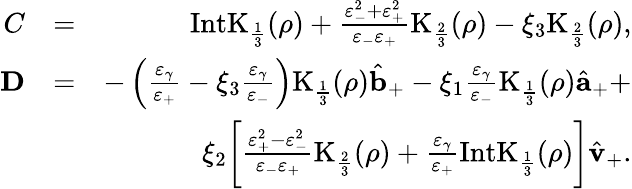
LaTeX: \begin{array}{rlr}{C}&{=}&{\mathrm{IntK}_{\frac{1}{3}}(\rho)+\frac{\varepsilon_{-}^{2}+\varepsilon_{+}^{2}}{\varepsilon_{-}\varepsilon_{+}}\mathrm{K}_{\frac{2}{3}}(\rho)-\xi_{3}\mathrm{K}_{\frac{2}{3}}(\rho),}\\ {{\mathbf D}}&{=}&{-\left(\frac{\varepsilon_{\gamma}}{\varepsilon_{+}}-\xi_{3}\frac{\varepsilon_{\gamma}}{\varepsilon_{-}}\right)\mathrm{K}_{\frac{1}{3}}(\rho)\hat{{\mathbf b}}_{+}-\xi_{1}\frac{\varepsilon_{\gamma}}{\varepsilon_{-}}\mathrm{K}_{\frac{1}{3}}(\rho)\hat{{\mathbf a}}_{+}+}\\ &{}&{\xi_{2}\bigg[\frac{\varepsilon_{+}^{2}-\varepsilon_{-}^{2}}{\varepsilon_{-}\varepsilon_{+}}\mathrm{K}_{\frac{2}{3}}(\rho)+\frac{\varepsilon_{\gamma}}{\varepsilon_{+}}\mathrm{IntK}_{\frac{1}{3}}(\rho)\bigg]\hat{\mathbf v}_{+}.}\end{array}